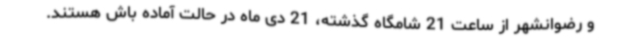
و رضوانشهر از ساعت 21 شامگاه گذشته، 21 دی ماه در حالت آماده باش هستند.